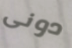
دونى